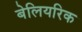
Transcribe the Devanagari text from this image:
बेलियरिक